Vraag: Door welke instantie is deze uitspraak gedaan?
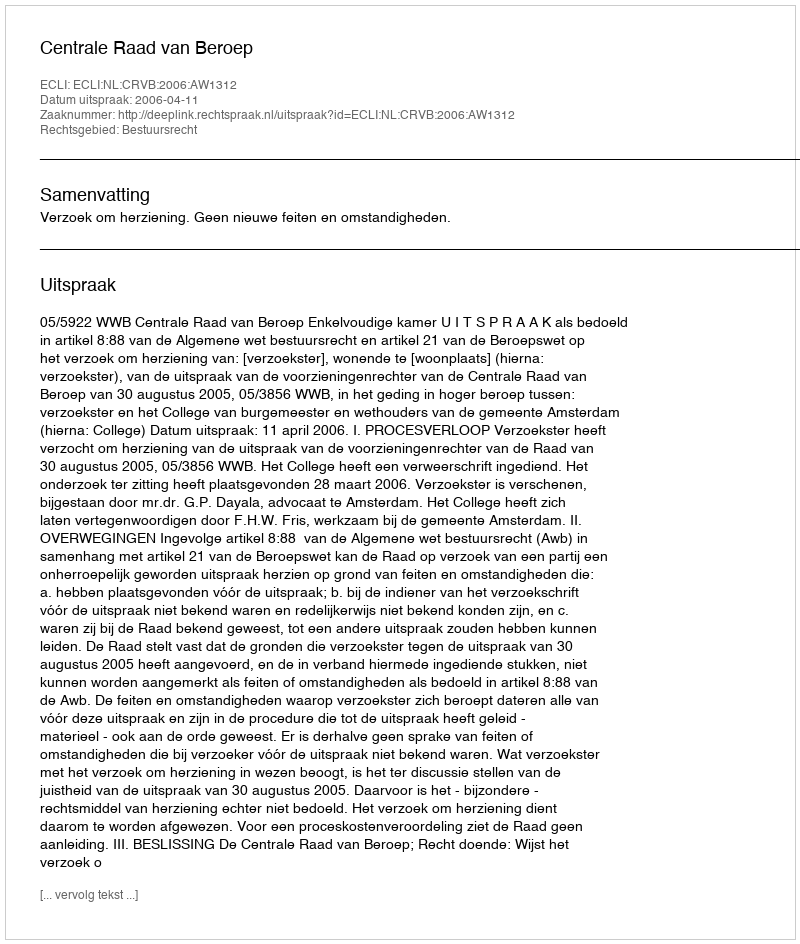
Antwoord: Centrale Raad van Beroep